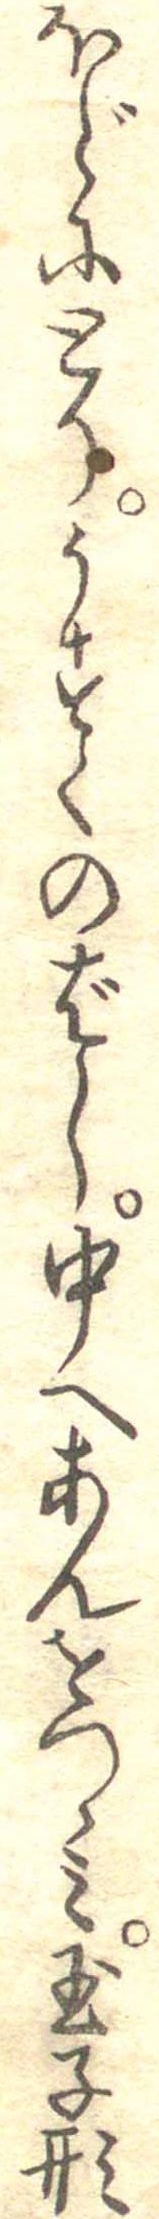
ほどにとりうすくのばし中へあんをつゝみ玉子形